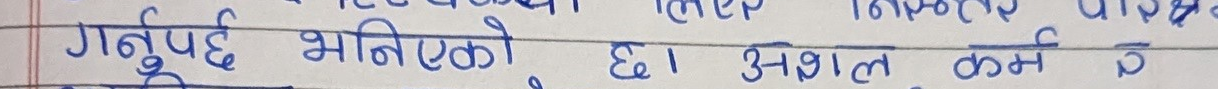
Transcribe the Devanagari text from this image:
गर्नुपर्छ भनिएको छ। असल कर्म